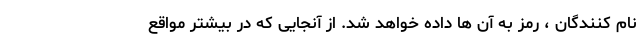
نام کنندگان ، رمز به آن ها داده خواهد شد. از آنجایی که در بیشتر مواقع